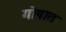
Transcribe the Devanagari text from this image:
गोषात